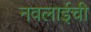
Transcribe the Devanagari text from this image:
नवलाईची